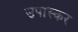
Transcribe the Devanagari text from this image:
उपास्कर